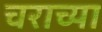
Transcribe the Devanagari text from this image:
चराच्या